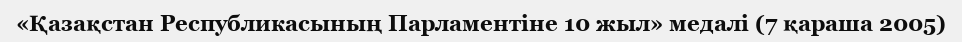
«Қазақстан Республикасының Парламентіне 10 жыл» медалі (7 қараша 2005)